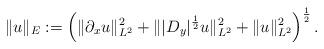
LaTeX: \begin{align*} \|u\|_E := \left(\|\partial_x u\|_{L^2}^2 + \||D_y|^{\frac{1}{2}} u\|_{L^2}^2 + \|u\|_{L^2}^2 \right)^{\frac{1}{2}}. \end{align*}